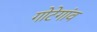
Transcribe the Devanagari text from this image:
गोटेगांव